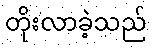
တိုးလာခဲ့သည်